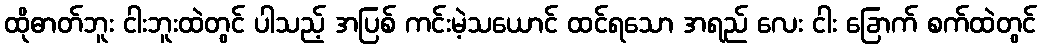
ထိုဓာတ်ဘူး ငါးဘူးထဲတွင် ပါသည့် အပြစ် ကင်းမဲ့သယောင် ထင်ရသော အရည် လေး ငါး ခြောက် စက်ထဲတွင်